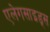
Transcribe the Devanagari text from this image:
एलेगसाइड्स